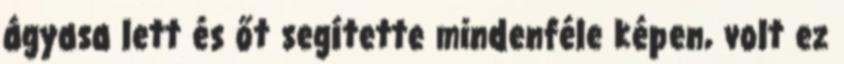
ágyasa lett és őt segítette mindenféle képen, volt ez